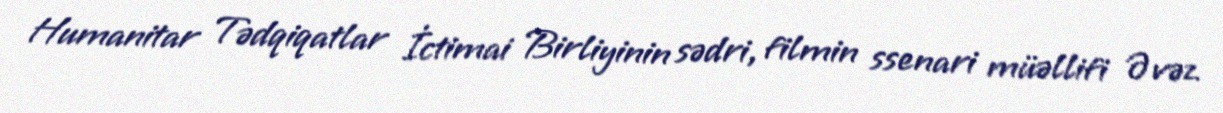
Humanitar Tədqiqatlar İctimai Birliyinin sədri, filmin ssenari müəllifi Əvəz